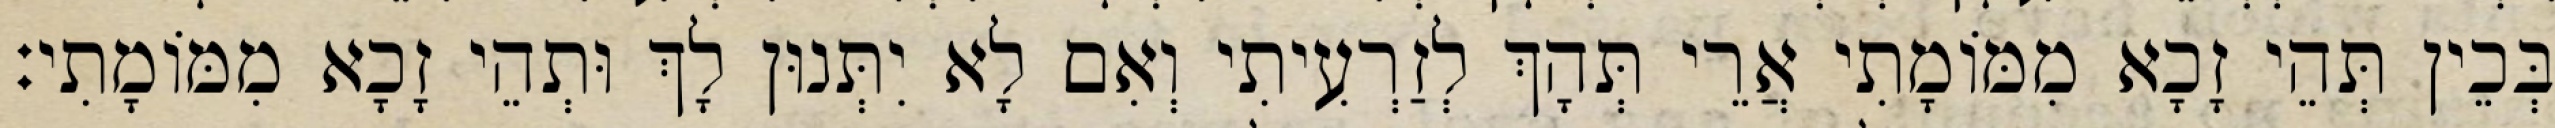
בְּכֵין תְּהֵי זָכָא מִמּוֹמָתִי אֲרֵי תְּהָךְ לְזַרְעִיתִי וְאִם לָא יִתְּנוּן לָךְ וּתְהֵי זָכָא מִמּוֹמָתִי׃